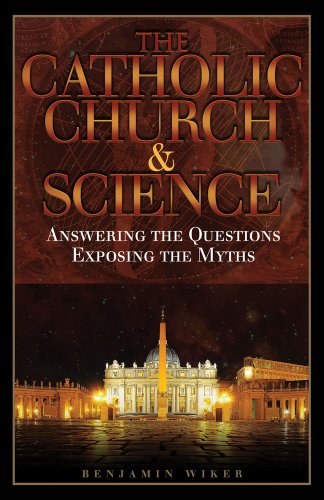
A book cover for The Catholic Church & Science: Answering the Questions, Exposing the Myths; Dr. Benjamin Wiker Ph.D.; Christian Books & Bibles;